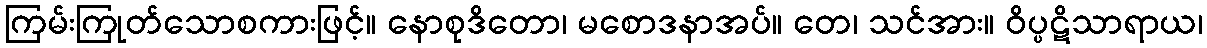
ကြမ်းကြုတ်သောစကားဖြင့်။ နောစုဒိတော၊ မစောဒနာအပ်။ တေ၊ သင်အား။ ဝိပ္ပဋိသာရာယ၊